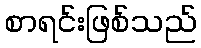
စာရင်းဖြစ်သည်